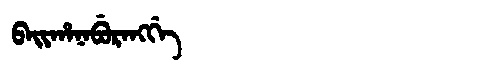
Manchu: ᠪᠠᡳᡥᠠᠨᠠᠪᡠᡵᠠᠩᡤᡝ
Romanization: BAIHANABURANGGE